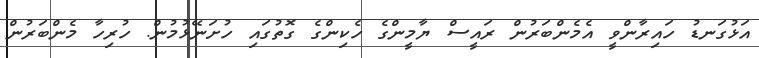
އަޅުގަނޑު ހައިރާންވީ އެމެންބަރުން ރައީސް ޔާމީންގެ ހެކިންގެ ގޮތުގައި ހުށަނޭޅުމުން. ހުރިހާ މެންބަރުން